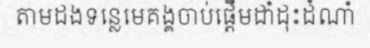
តាមដងទន្លេមេគង្គចាប់ផ្តើមដាំដុះដំណាំ